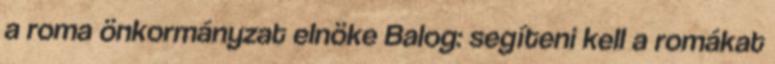
a roma önkormányzat elnöke Balog: segíteni kell a romákat